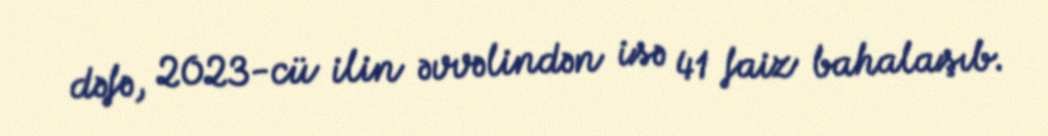
dəfə, 2023-cü ilin əvvəlindən isə 41 faiz bahalaşıb.